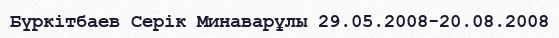
Бүркітбаев Серік Минаварұлы 29.05.2008-20.08.2008